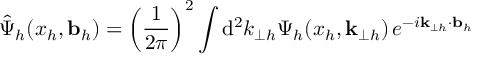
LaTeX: \hat { \Psi } _ { h } ( x _ { h } , { \bf b } _ { h } ) = \left( \frac { 1 } { 2 \pi } \right) ^ { 2 } \int \mathrm { d } ^ { 2 } k _ { \perp h } \Psi _ { h } ( x _ { h } , { \bf k } _ { \perp h } ) \, e ^ { - i { \bf k } _ { \perp h } \cdot { \bf b } _ { h } }